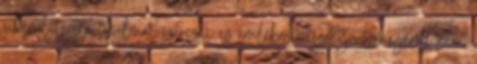
sikerül tiszta fogalmat szerezni ez emlékmű iszonyú tömegéről, nem